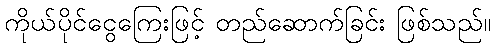
ကိုယ်ပိုင်ငွေကြေးဖြင့် တည်ဆောက်ခြင်း ဖြစ်သည်။